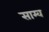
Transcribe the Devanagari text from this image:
साम्व